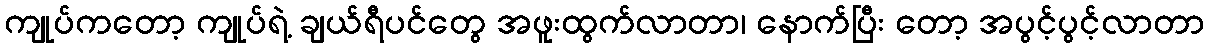
ကျုပ်ကတော့ ကျုပ်ရဲ့ ချယ်ရီပင်တွေ အဖူးထွက်လာတာ၊ နောက်ပြီး တော့ အပွင့်ပွင့်လာတာ